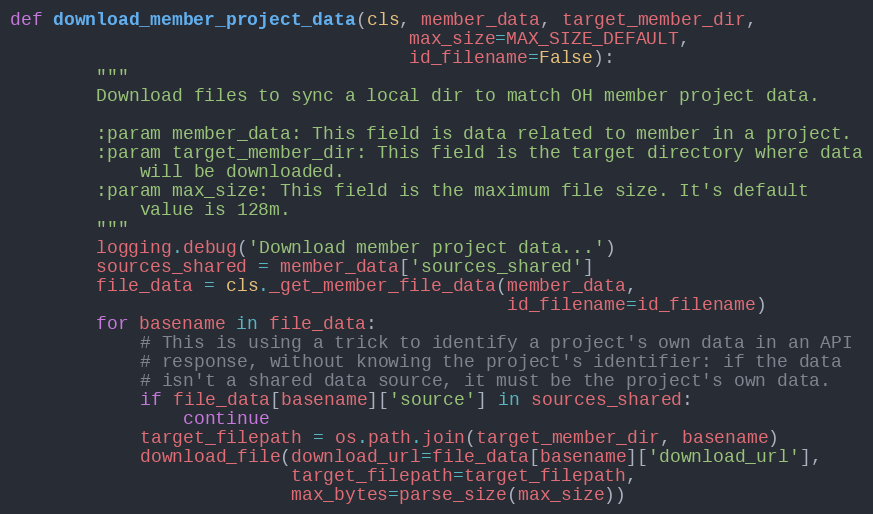
Language: Python
def download_member_project_data(cls, member_data, target_member_dir,
                                     max_size=MAX_SIZE_DEFAULT,
                                     id_filename=False):
        """
        Download files to sync a local dir to match OH member project data.

        :param member_data: This field is data related to member in a project.
        :param target_member_dir: This field is the target directory where data
            will be downloaded.
        :param max_size: This field is the maximum file size. It's default
            value is 128m.
        """
        logging.debug('Download member project data...')
        sources_shared = member_data['sources_shared']
        file_data = cls._get_member_file_data(member_data,
                                              id_filename=id_filename)
        for basename in file_data:
            # This is using a trick to identify a project's own data in an API
            # response, without knowing the project's identifier: if the data
            # isn't a shared data source, it must be the project's own data.
            if file_data[basename]['source'] in sources_shared:
                continue
            target_filepath = os.path.join(target_member_dir, basename)
            download_file(download_url=file_data[basename]['download_url'],
                          target_filepath=target_filepath,
                          max_bytes=parse_size(max_size))